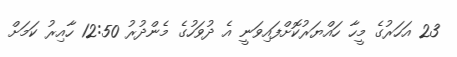
23 އަހަރުގެ މީހާ ހައްޔަރުކޮށްފައިވަނީ އެ ދުވަހުގެ މެންދުރު 12:50 ހާއިރު ކަމަށް